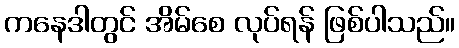
ကနေဒါတွင် အိမ်စေ လုပ်ရန် ဖြစ်ပါသည်။